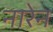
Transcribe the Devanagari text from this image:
नारेन